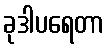
ခုဒါပရေတာ